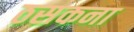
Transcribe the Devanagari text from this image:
ठसकना